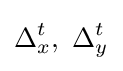
\Delta _{x}^{t},\,\,\Delta _{y}^{t}